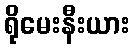
ရိုမေးနီးယား